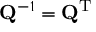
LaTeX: \mathbf { Q } ^ { - 1 } = \mathbf { Q } ^ { \mathrm { T } }